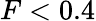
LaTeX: F<0.4